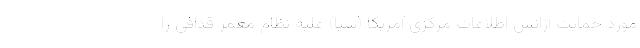
مورد حمایت آژانس اطلاعات مرکزی آمریکا (سیا) علیه نظام معمر قذافی را